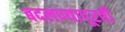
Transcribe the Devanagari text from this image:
बदलण्यापूरवी